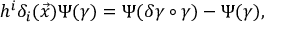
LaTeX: h ^ { i } \delta _ { i } ( \vec { x } ) \Psi ( \gamma ) = \Psi ( \delta \gamma \circ \gamma ) - \Psi ( \gamma ) ,